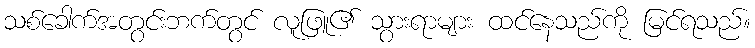
သစ်ခေါက်အတွင်းဘက်တွင် လူဖြူ၏ သွားရာများ ထင်နေသည်ကို မြင်ရသည်။